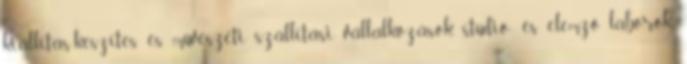
kiállítás-készítés és művészeti szállítási vállalkozások, stúdió- és elemző laborok,